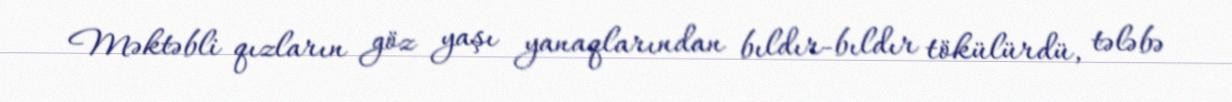
Məktəbli qızların göz yaşı yanaqlarından bıldır-bıldır tökülürdü, tələbə